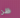
ظن